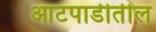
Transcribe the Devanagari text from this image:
आटपाडीतील